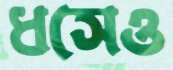
ধসেও